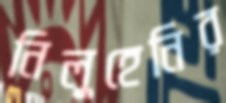
নিলুহেনির